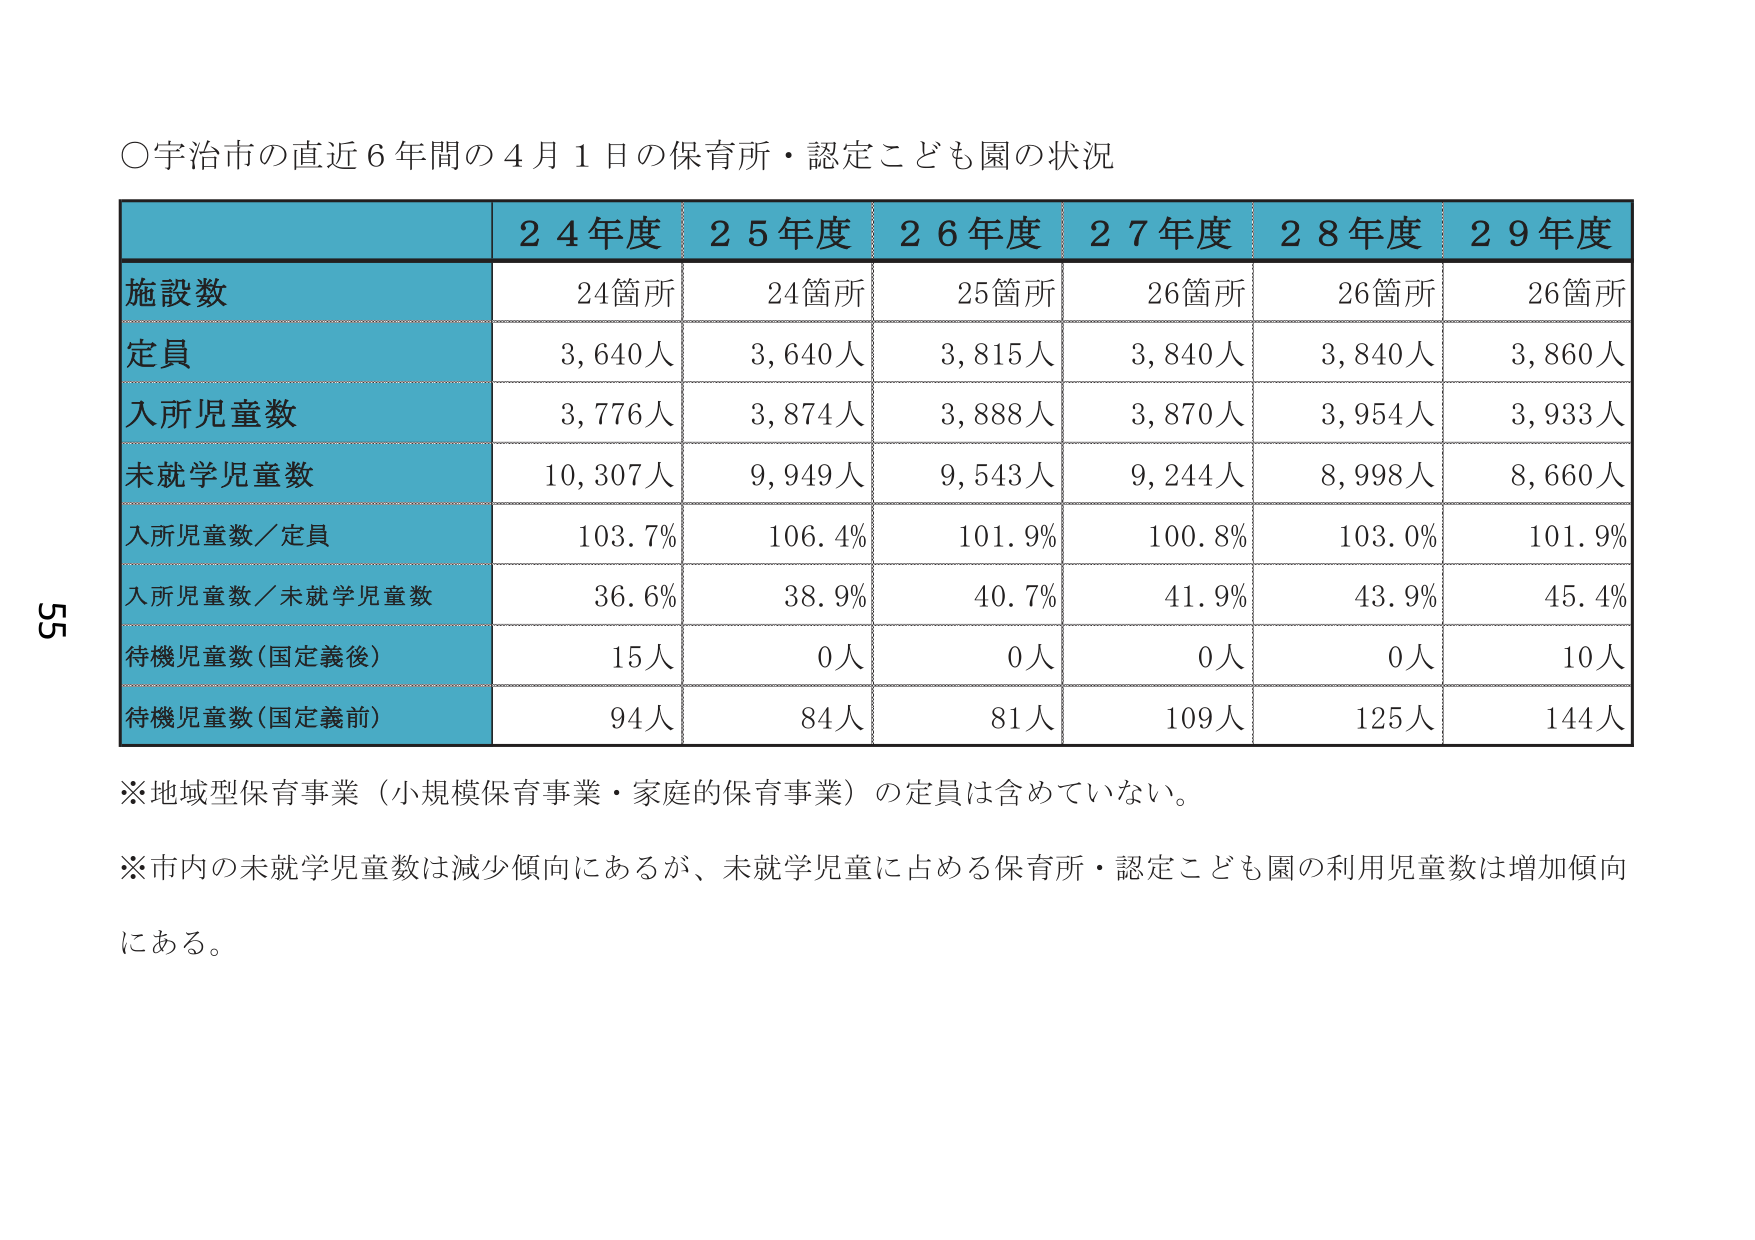
○宇治市の直近６年間の４月１日の保育所・認定こども園の状況

２４年度　２５年度　２６年度　２７年度　２８年度　２９年度

施設数　　　　24箇所　　24箇所　　25箇所　　26箇所　　26箇所　　26箇所
定員　　　　　3,640人　　3,640人　　3,815人　　3,840人　　3,840人　　3,860人
入所児童数　　3,776人　　3,874人　　3,888人　　3,870人　　3,954人　　3,933人
未就学児童数　10,307人　　9,949人　　9,543人　　9,244人　　8,998人　　8,660人
入所児童数／定員　103.7%　　106.4%　　101.9%　　100.8%　　103.0%　　101.9%
入所児童数／未就学児童数　36.6%　　38.9%　　40.7%　　41.9%　　43.9%　　45.4%
待機児童数（国定義後）　15人　　0人　　0人　　0人　　0人　　10人
待機児童数（国定義前）　94人　　84人　　81人　　109人　　125人　　144人

※地域型保育事業（小規模保育事業・家庭的保育事業）の定員は含めていない。
※市内の未就学児童数は減少傾向にあるが、未就学児童に占める保育所・認定こども園の利用児童数は増加傾向にある。

55